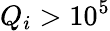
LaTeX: Q_{i}>10^{5}